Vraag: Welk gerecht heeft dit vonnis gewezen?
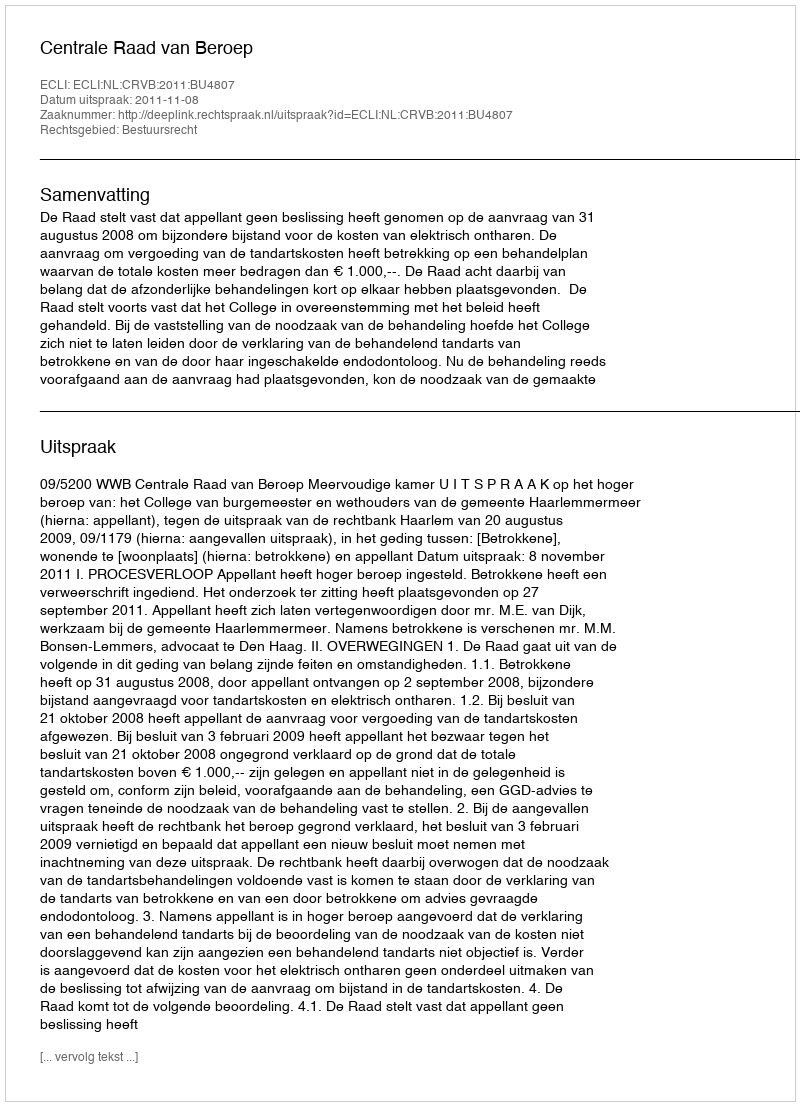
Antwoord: Centrale Raad van Beroep